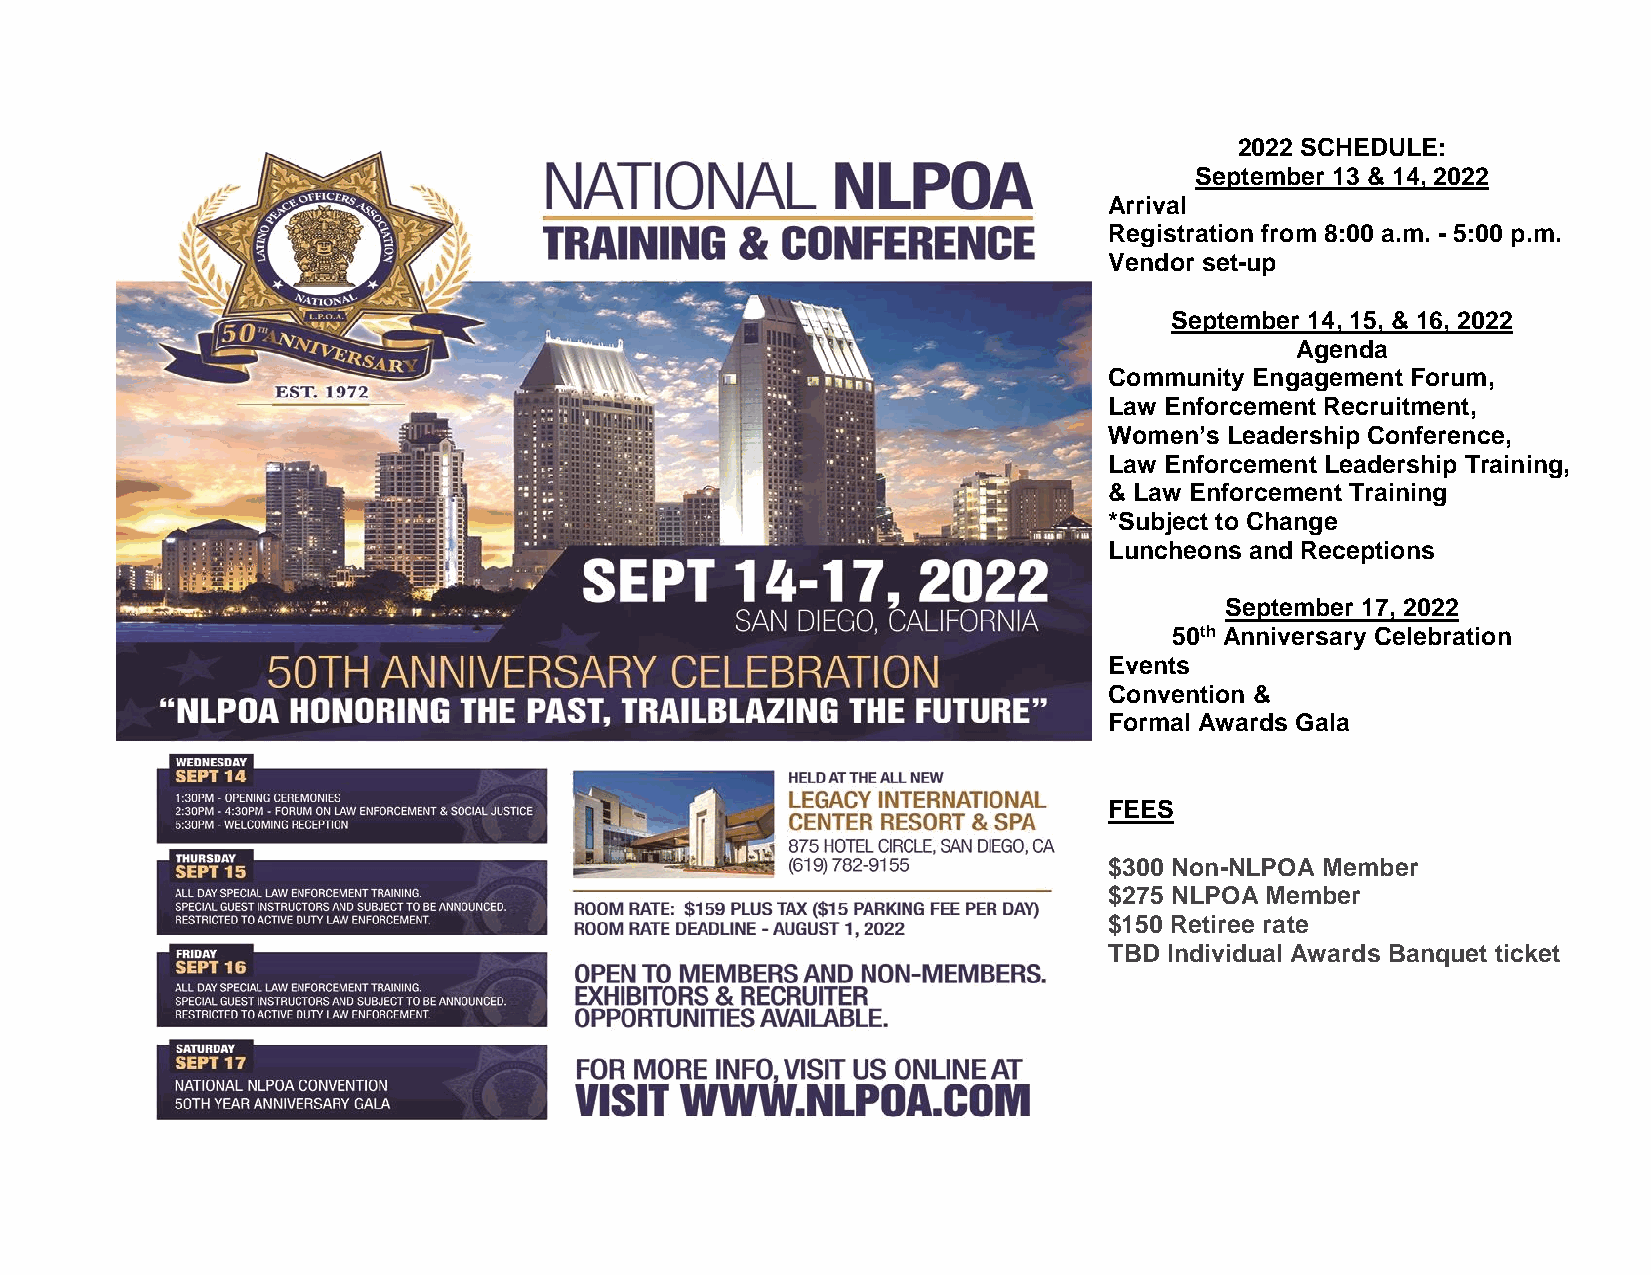
2022 SCHEDULE:
 September 13 & 14, 2022
 Arrival
 Registration from 8:00 a.m. - 5:00 p.m.
 Vendor set-up
 September 14, 15, & 16, 2022
 Agenda
 Community Engagement Forum,
 Law Enforcement Recruitment,
 Women’s Leadership Conference,
 Law Enforcement Leadership Training,
 & Law Enforcement Training
 *Subject to Change
 Luncheons and Receptions
 September 17, 2022
 50th Anniversary Celebration
 Events
 Convention &
 Formal Awards Gala
 FEES
 $300 Non-NLPOA Member
 $275 NLPOA Member
 $150 Retiree rate
 TBD Individual Awards Banquet ticket